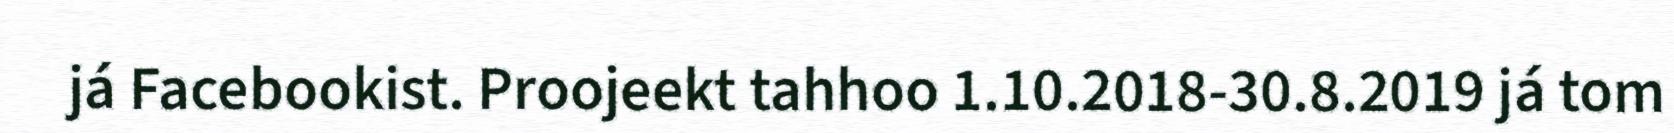
já Facebookist. Proojeekt tahhoo 1.10.2018-30.8.2019 já tom